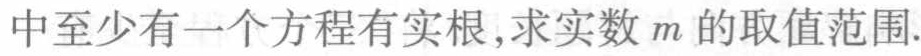
中至少有一个方程有实根,求实数\(m\)的取值范围.